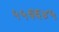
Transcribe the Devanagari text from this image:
५५६६४५